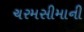
ચરમસીમાની